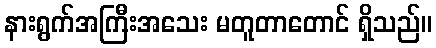
နားရွက်အကြီးအသေး မတူတာတောင် ရှိသည်။